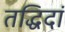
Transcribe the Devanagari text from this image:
तद्धिदां